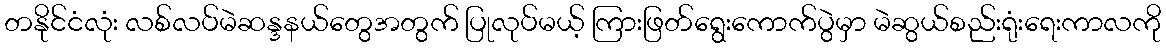
တနိုင်ငံလုံး လစ်လပ်မဲဆန္ဒနယ်တွေအတွက် ပြုလုပ်မယ့် ကြားဖြတ်ရွေးကောက်ပွဲမှာ မဲဆွယ်စည်းရုံးရေးကာလကို